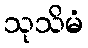
သုသိမံ